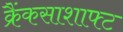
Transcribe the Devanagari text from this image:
क्रैंकसाशाफ्ट